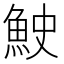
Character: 𫙓